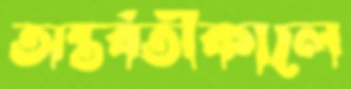
অন্তর্বর্তীকালে